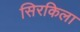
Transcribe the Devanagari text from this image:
सिरकिला